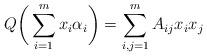
LaTeX: \begin{align*}Q\bigg(\sum_{i=1}^mx_i\alpha_i\bigg)=\sum_{i,j=1}^mA_{ij}x_ix_j \end{align*}